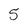
Character: 5